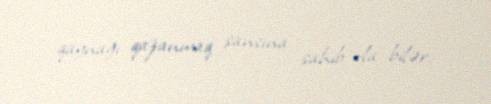
qaynağı qazanmaq şansına sahib ola bilər.